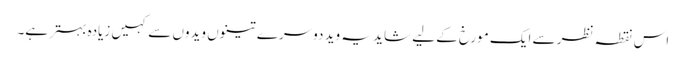
اس نقطہ نظر سے ایک مورخ کے لیے شاید یہ وید دوسرے تینوں ویدوں سے کہیں زیادہ بہتر ہے۔